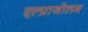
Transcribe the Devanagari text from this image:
एल्प्राजोलम